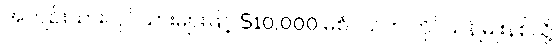
အကျဉ်းသားလုပ်သားများဖြင့် $10,000 မစံပယ်က ဘိုင်ယန်မြူးနစ်သို့